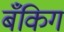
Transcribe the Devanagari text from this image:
बँकिग